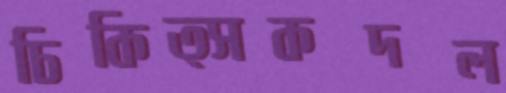
চিকিত্সকদল